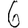
Digit: 6